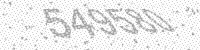
Solution: 549580